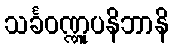
သင်္ခဝဏ္ဏူပနိဘာနိ